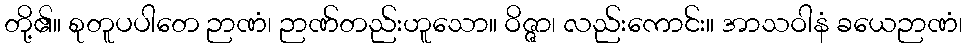
တို့၏။ စုတူပပါတေ ဉာဏံ၊ ဉာဏ်တည်းဟူသော။ ဝိဇ္ဇာ၊ လည်းကောင်း။ အာသဝါနံ ခယေဉာဏံ၊